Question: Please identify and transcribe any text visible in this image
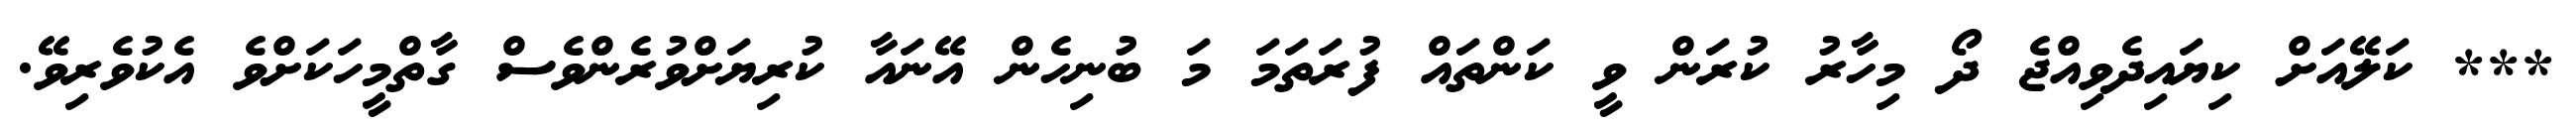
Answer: *** ކަލޭއަށް ކިޔައިދެވިއްޖެ ދޯ މިހާރު ކުރަން ވީ ކަންތައް ފުރަތަމަ މަ ބުނިހެން އޭނައާ ކުރިޔަށްވުރެންވެސް ގާތްމީހަކަށްވެ އެކުވެރިވޭ.